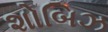
શોબિઝ